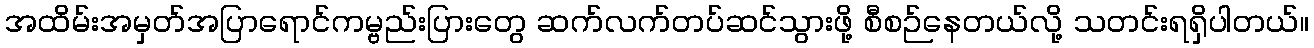
အထိမ်းအမှတ်အပြာရောင်ကမ္ဗည်းပြားတွေ ဆက်လက်တပ်ဆင်သွားဖို့ စီစဉ်နေတယ်လို့ သတင်းရရှိပါတယ်။